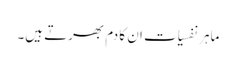
ماہر نفسیات ان کا دم بھرتے ہیں۔